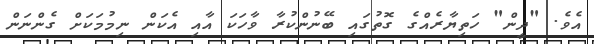
އެވެ. "ދީން" ހަތިޔާރެއްގެ ގޮތުގައި ބޭނުންކުރާ ވާހަކަ އާއި އެކަން ނިމުމަކަށް ގެންނަން